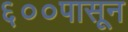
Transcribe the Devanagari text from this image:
६००पासून